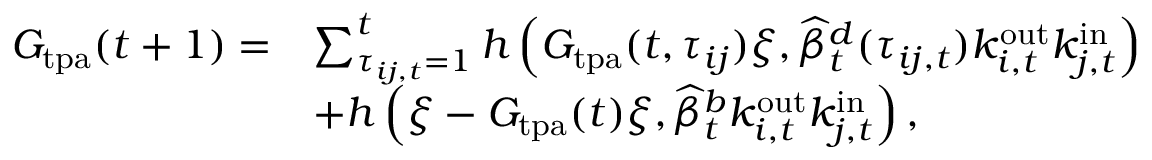
\begin{array} { r l } { G _ { \mathrm { t p a } } ( t + 1 ) = } & { \sum _ { \tau _ { i j , t } = 1 } ^ { t } h \left( G _ { \mathrm { t p a } } ( t , \tau _ { i j } ) \xi , \widehat { \beta } _ { t } ^ { d } ( \tau _ { i j , t } ) k _ { i , t } ^ { \mathrm { o u t } } k _ { j , t } ^ { \mathrm { i n } } \right) } \\ & { + h \left( \xi - G _ { \mathrm { t p a } } ( t ) \xi , \widehat { \beta } _ { t } ^ { b } k _ { i , t } ^ { \mathrm { o u t } } k _ { j , t } ^ { \mathrm { i n } } \right) , } \end{array}